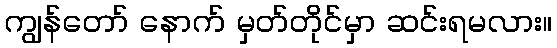
ကျွန်တော် နောက် မှတ်တိုင်မှာ ဆင်းရမလား။